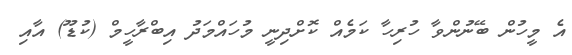
އެ މީހުން ބޭނުންވާ ހުރިހާ ކަމެއް ކޮށްދިނީ މުހައްމަދު އިބްރާހީމް (ކުޑޫ) އާއި